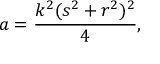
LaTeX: a = { \frac { k ^ { 2 } ( s ^ { 2 } + r ^ { 2 } ) ^ { 2 } } { 4 } } ,